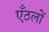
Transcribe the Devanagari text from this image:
एँठलों